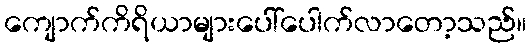
ကျောက်ကိရိယာများပေါ်ပေါက်လာတော့သည်။